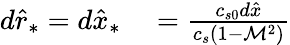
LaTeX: \begin{array}{rl}{d\hat{r}_{*}=d\hat{x}_{*}}&{{}=\frac{c_{s0}d\hat{x}}{c_{s}(1-\mathcal{M}^{2})}}\end{array}